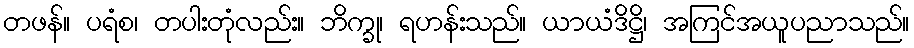
တဖန်။ ပရံစ၊ တပါးတုံလည်း။ ဘိက္ခု၊ ရဟန်းသည်။ ယာယံဒိဋ္ဌိ၊ အကြင်အယူပညာသည်။